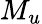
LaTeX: M_{u}